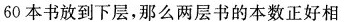
60 本书放到下层，那么两层书的本数正好相